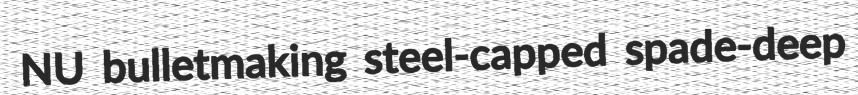
NU bulletmaking steel-capped spade-deep